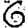
Digit: 6